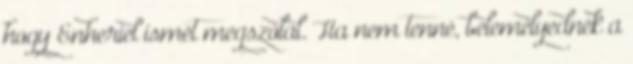
hogy Enheriel ismét megszólal. Ha nem tenné, belemélyednék a